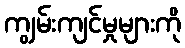
ကျွမ်းကျင်မှုများကို